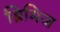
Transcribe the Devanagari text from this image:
ब्रिमिज